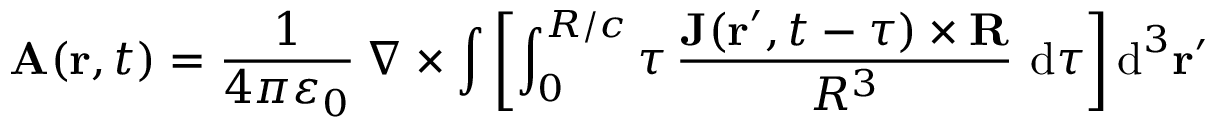
\mathbf { A } ( \mathbf { r } , t ) = { \frac { 1 } { 4 \pi \varepsilon _ { 0 } } } \, \nabla \times \int \left[ \int _ { 0 } ^ { R / c } \tau \, { \frac { { \mathbf { J } ( \mathbf { r } ^ { \prime } , t - \tau ) } \times { \mathbf { R } } } { R ^ { 3 } } } \, \operatorname { d } \! \tau \right] \operatorname { d } ^ { 3 } \! \mathbf { r } ^ { \prime }